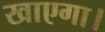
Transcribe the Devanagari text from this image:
खाएगा।